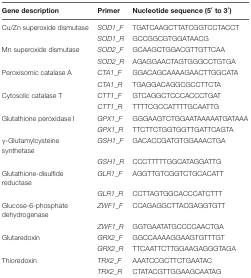
<table><thead><tr><td><b>Gene description</b></td><td><b>Primer</b></td><td><b>Nucleotide sequence (5′ to 3′)</b></td></tr></thead><tbody><tr><td>Cu/Zn superoxide dismutase</td><td><i>SOD1_F</i></td><td>TGATCAAGCTTATCGGTCCTACCT</td></tr><tr><td></td><td><i>SOD1_R</i></td><td>GCCGGCGTGGATAACG</td></tr><tr><td>Mn superoxide dismutase</td><td><i>SOD2_F</i></td><td>GCAAGCTGGACGTTGTTCAA</td></tr><tr><td></td><td><i>SOD2_R</i></td><td>AGAGGAACTAGTGGGCCTGTGA</td></tr><tr><td>Peroxisomic catalase A</td><td><i>CTA1_F</i></td><td>GGACAGCAAAAGAACTTGGCATA</td></tr><tr><td></td><td><i>CTA1_R</i></td><td>TGAGGACAGGCGCCTTCTA</td></tr><tr><td>Cytosolic catalase T</td><td><i>CTT1_F</i></td><td>GTCAGGCTCCCACCCTGAT</td></tr><tr><td></td><td><i>CTT1_R</i></td><td>TTTTCGCCATTTTGCAATTG</td></tr><tr><td>Glutathione peroxidase I</td><td><i>GPX1_F</i></td><td>GGGAAGTCTGGAATAAAAATGATAAA</td></tr><tr><td></td><td><i>GPX1_R</i></td><td>TTCTTCTGGTGGTTGATTCAGTA</td></tr><tr><td>γ-Glutamylcysteine synthetase</td><td><i>GSH1_F</i></td><td>GACACCGATGTGGAAACTGA</td></tr><tr><td></td><td><i>GSH1_R</i></td><td>CCCTTTTTGGCATAGGATTG</td></tr><tr><td>Glutathione-disulfide reductase</td><td><i>GLR1_F</i></td><td>AGGTTGTCGGTCTGCACATT</td></tr><tr><td></td><td><i>GLR1_R</i></td><td>CCTTAGTGGCACCCATCTTT</td></tr><tr><td>Glucose-6-phosphate dehydrogenase</td><td><i>ZWF1_F</i></td><td>CCAGAGGCTTACGAGGTGTT</td></tr><tr><td></td><td><i>ZWF1_R</i></td><td>GGTGAATATGCCCCAACTGA</td></tr><tr><td>Glutaredoxin</td><td><i>GRX2_F</i></td><td>GGCCAAAAGGAAGTGTTTGT</td></tr><tr><td></td><td><i>GRX2_R</i></td><td>TTCAATTCTTGGAAGAGGGTAGA</td></tr><tr><td>Thioredoxin</td><td><i>TRX2_F</i></td><td>AAATCCGCTTCTGAATAC</td></tr><tr><td></td><td><i>TRX2_R</i></td><td>CTATACGTTGGAAGCAATAG</td></tr></tbody></table>